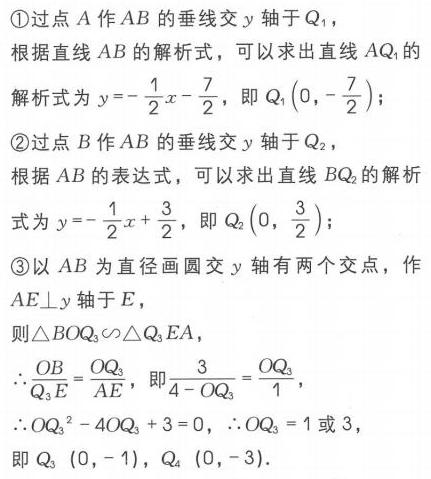
\textcircled{1}过点\(A\)作\(AB\)的垂线交\(y\)轴于\(Q_{1}\)，
根据直线\(AB\)的解析式，可以求出直线\(AQ_{1}\)的
解析式为\(y = - \frac{1}{2}x - \frac{7}{2}\)，即\(Q_{1}(0,-\frac{7}{2})\)；
\textcircled{2}过点\(B\)作\(AB\)的垂线交\(y\)轴于\(Q_{2}\)，
根据\(AB\)的表达式，可以求出直线\(BQ_{2}\)的解析式为\(y = - \frac{1}{2}x + \frac{3}{2}\)，即\(Q_{2}(0,\frac{3}{2})\)；
\textcircled{3}以\(AB\)为直径画圆交\(y\)轴有两个交点，作
\(AE\perp y\)轴\(E\)，
则\(\triangle BOQ_{3}\sim\triangle Q_{3}EA\)，
\(\therefore\frac{OB}{Q_{3}E}=\frac{OQ_{3}}{AE}\)，即\(\frac{3}{4 - OQ_{3}}=\frac{OQ_{3}}{1}\)，
\(\therefore OQ_{3}^{2}-4OQ_{3}+3 = 0\)，\(\therefore OQ_{3}=1\)或\(3\)，
即\(Q_{3}(0,-1)\)，\(Q_{4}(0,-3)\)．